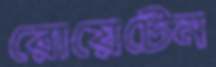
রোয়েটেন